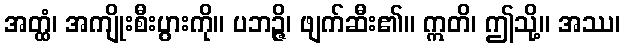
အတ္ထံ၊ အကျိုးစီးပွားကို။ ပဘဉ္ဇိ၊ ဖျက်ဆီး၏။ ဣတိ၊ ဤသို့။ အဿ၊